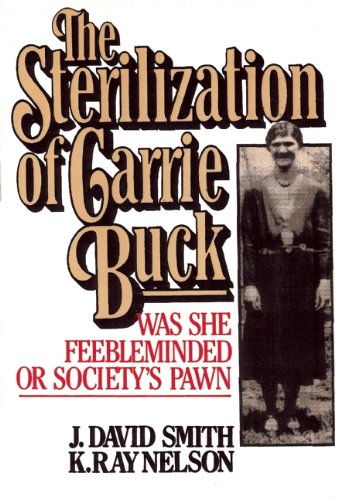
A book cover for Sterilization of Carrie Buck; David Smith; Law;